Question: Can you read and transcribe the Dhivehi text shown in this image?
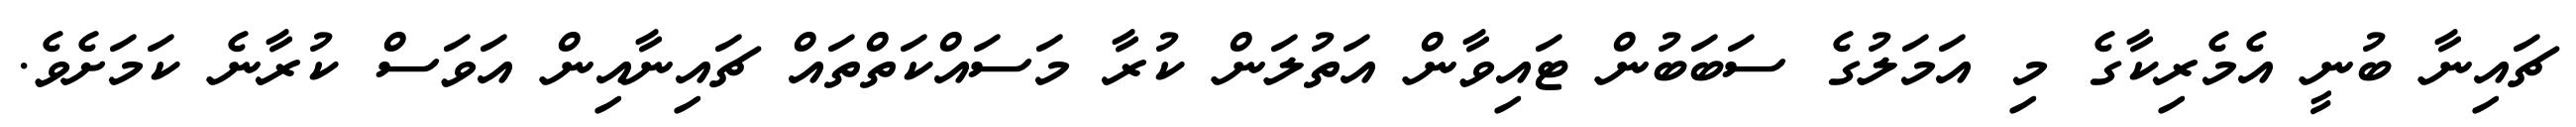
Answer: ޗައިނާ ބުނީ އެމެރިކާގެ މި އަމަލުގެ ސަބަބުން ޓައިވާން އަތުލަން ކުރާ މަސައްކަތްތައް ޗައިނާއިން އަވަސް ކުރާނެ ކަމަށެވެ.